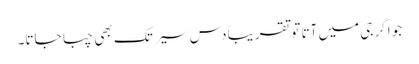
جو اگر جی میں آتا تو تقریباً دس سیر تک بھی چبا جاتا۔